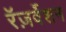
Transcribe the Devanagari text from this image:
रॅज़र्वेशन